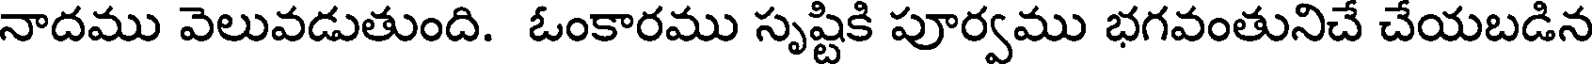
నాదము వెలువడుతుంది. ఓంకారము సృష్టికి పూర్వము భగవంతునిచే చేయబడిన